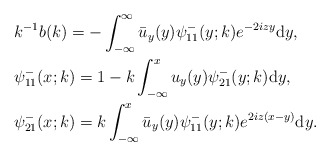
\begin{align*}&k^{-1} b(k)=- \int_{-\infty}^{\infty} \bar{u}_y(y) \psi^-_{11}(y;k) e^{-2iz y}\mathrm{d}y,\\&\psi^-_{11}(x;k)=1-k \int_{-\infty}^{x} u_y(y) \psi^-_{21}(y;k) \mathrm{d}y, \\&\psi^-_{21}(x;k)=k \int_{-\infty}^{x} \bar{u}_y(y) \psi^-_{11}(y ; k) e^{2iz(x-y)} \mathrm{d}y.\end{align*}